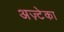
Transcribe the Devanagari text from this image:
अज़्टेका